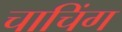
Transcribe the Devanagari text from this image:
चाचिंग